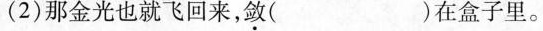
(2)那金光也就飞回来，敛( )在盒子里。